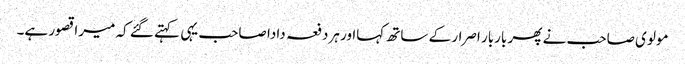
مولوی صاحب نے پھر باربار اصرار کے ساتھ کہااور ہردفعہ دادا صاحب یہی کہتے گئے کہ میرا قصور ہے۔